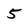
Character: 5